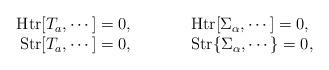
LaTeX: \begin{align*}\begin{array}{rcl} \mbox{Htr}[T_a , \cdots]=0, &{\qquad}& \mbox{Htr}[\Sigma_\alpha , \cdots]=0, \\ \mbox{Str}[T_a , \cdots]=0, &{\qquad}& \mbox{Str}\{\Sigma_\alpha , \cdots\}=0, \\ \end{array} \end{align*}